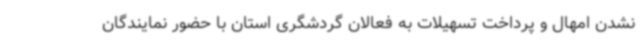
نشدن امهال و پرداخت تسهیلات به فعالان گردشگری استان با حضور نمایندگان